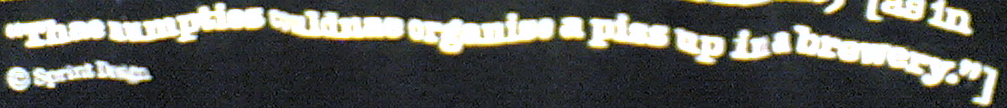
"Thae numpties comldnas organise a piss up in a brewery."]